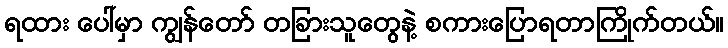
ရထား ပေါ်မှာ ကျွန်တော် တခြားသူတွေနဲ့ စကားပြောရတာကြိုက်တယ်။